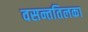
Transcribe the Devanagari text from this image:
वसन्ततिलका